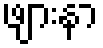
ဖျားနာ